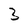
Character: 3